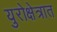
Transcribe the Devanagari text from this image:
युरोक्षेत्रात